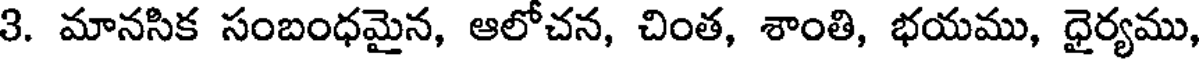
3. మానసిక సంబంధమైన, ఆలోచన, చింత, శాంతి, భయము, ధైర్యము,